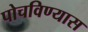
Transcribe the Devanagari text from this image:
पोचविण्यास